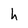
Character: h